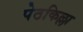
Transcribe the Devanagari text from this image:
पेठकिल्ला